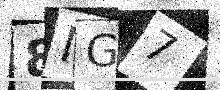
Text: 8NG7